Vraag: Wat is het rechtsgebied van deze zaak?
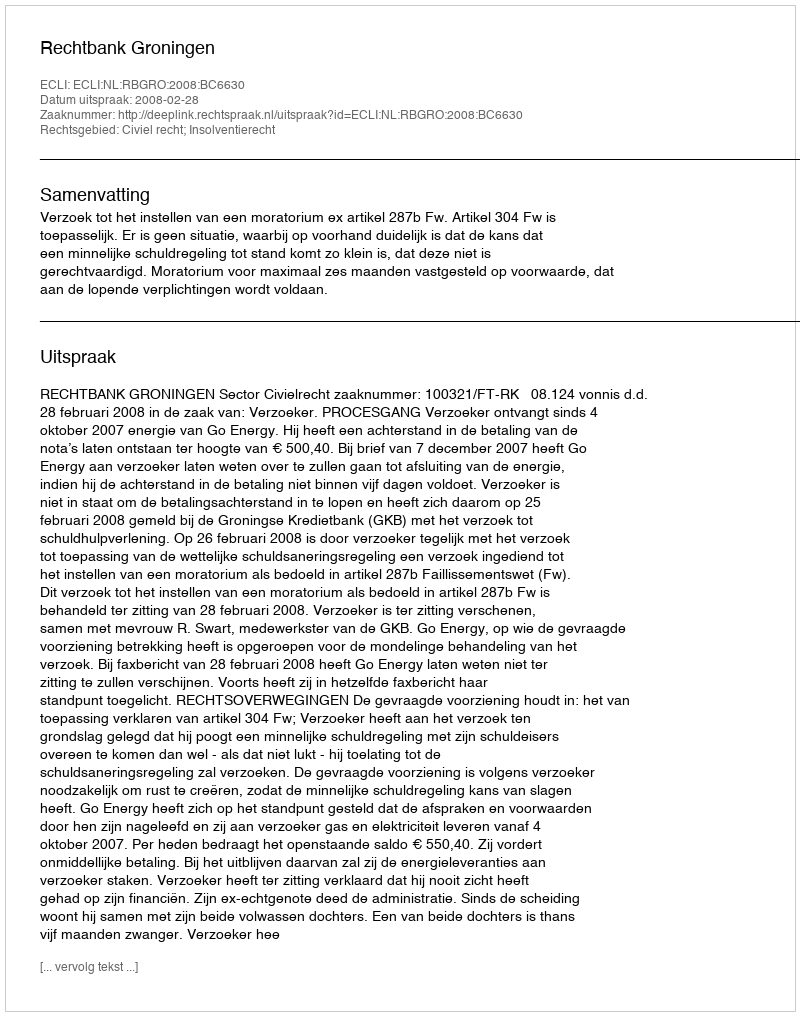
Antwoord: Civiel recht; Insolventierecht